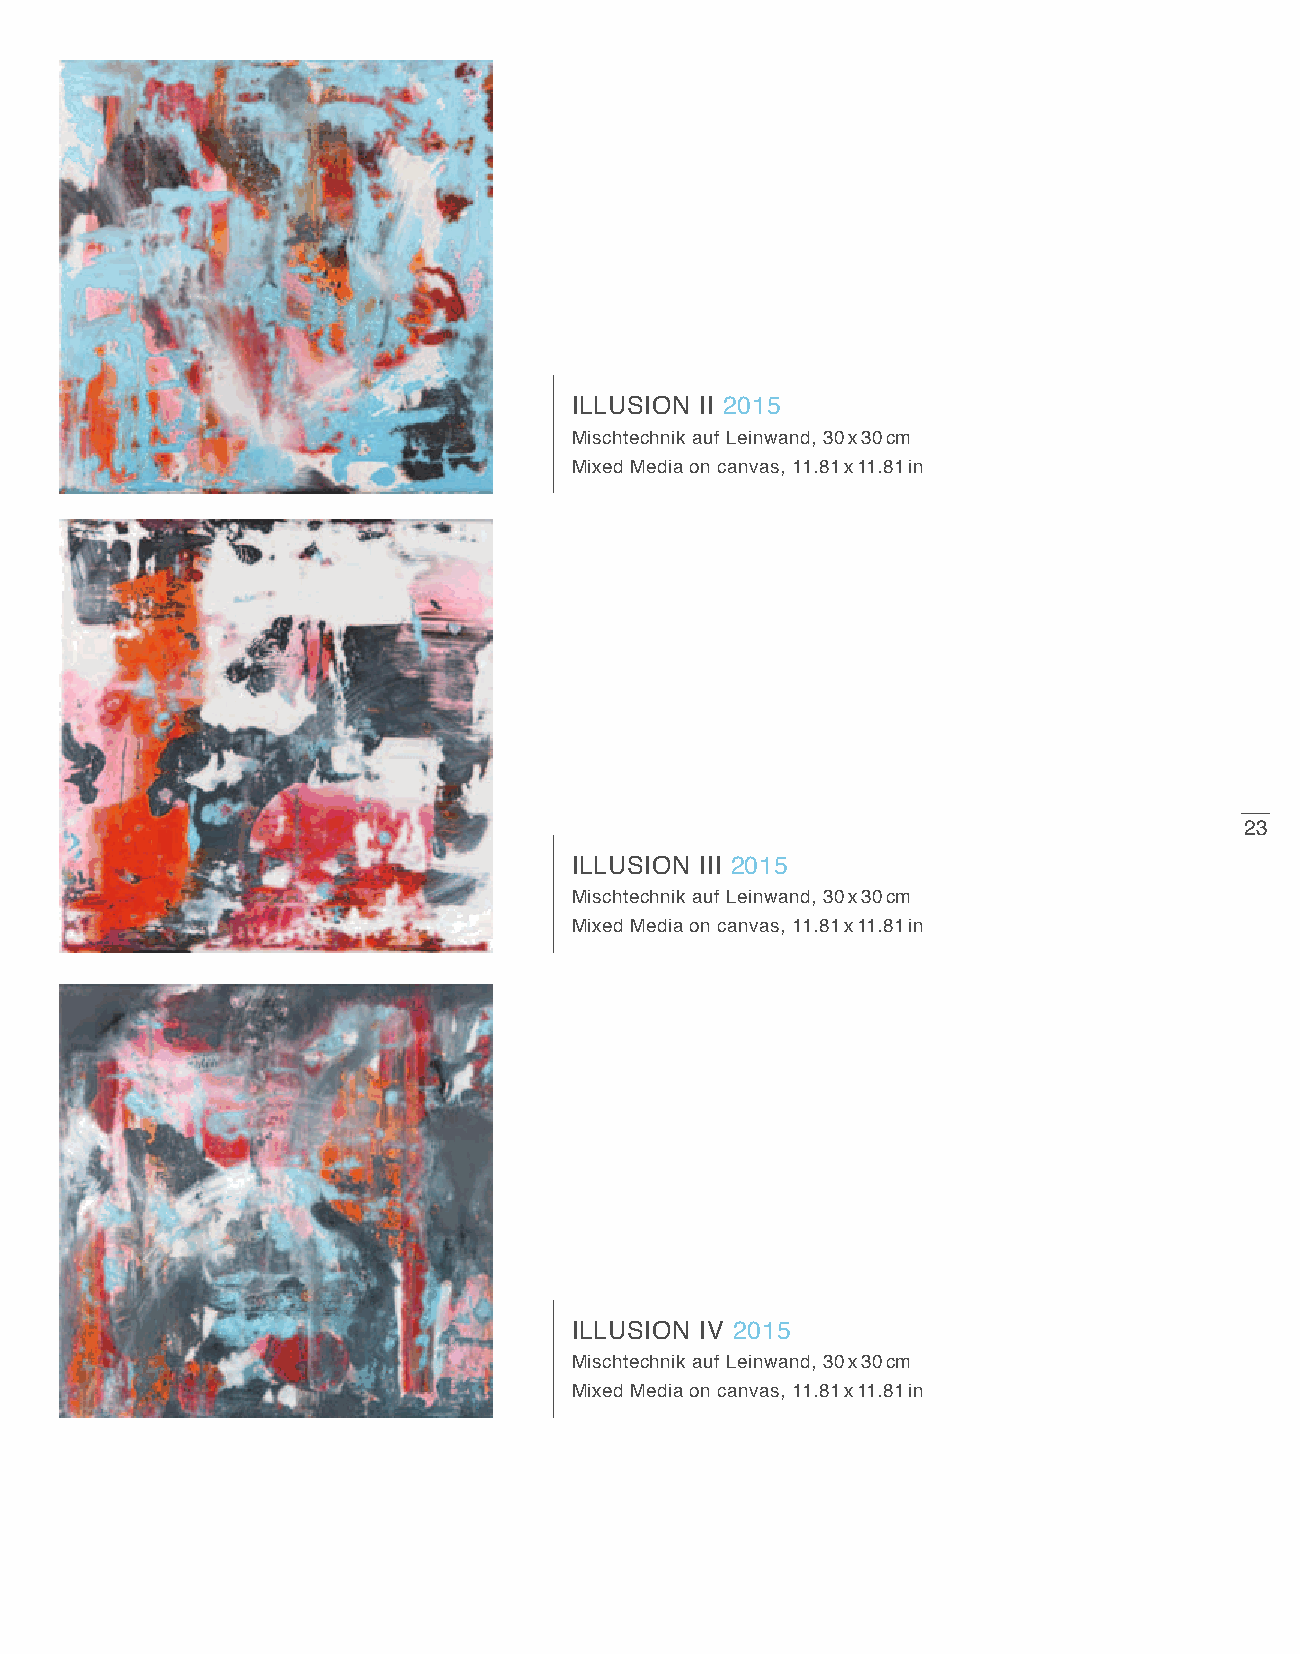
ILLUSION II 2015
 Mischtechnik auf Leinwand, 30 x 30 cm
 Mixed Media on canvas, 11.81 x 11.81 in
 23
 ILLUSION III 2015
 Mischtechnik auf Leinwand, 30 x 30 cm
 Mixed Media on canvas, 11.81 x 11.81 in
 ILLUSION IV 2015
 Mischtechnik auf Leinwand, 30 x 30 cm
 Mixed Media on canvas, 11.81 x 11.81 in